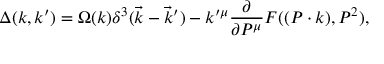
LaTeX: \Delta ( k , k ^ { \prime } ) = \Omega ( k ) \delta ^ { 3 } ( \vec { k } - \vec { k } ^ { \prime } ) - k ^ { \prime \mu } \frac \partial { \partial P ^ { \mu } } F ( ( P \cdot k ) , P ^ { 2 } ) ,